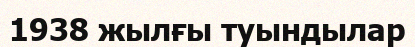
1938 жылғы туындылар